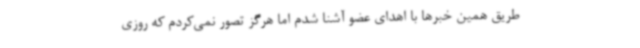
طریق همین خبرها با اهدای عضو آشنا شدم اما هرگز تصور نمی‌کردم که روزی